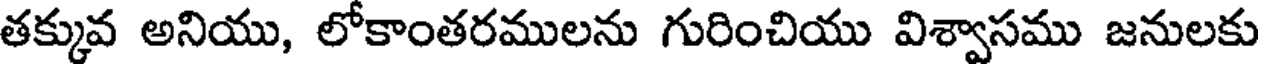
తక్కువ అనియు, లోకాంతరములను గురించియు విశ్వాసము జనులకు